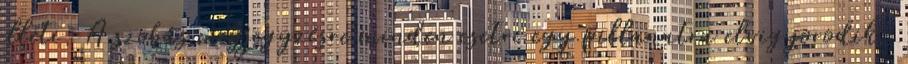
illeti. A szobás megjegyzésre minden esetre egy pillanatra elvigyorodik.